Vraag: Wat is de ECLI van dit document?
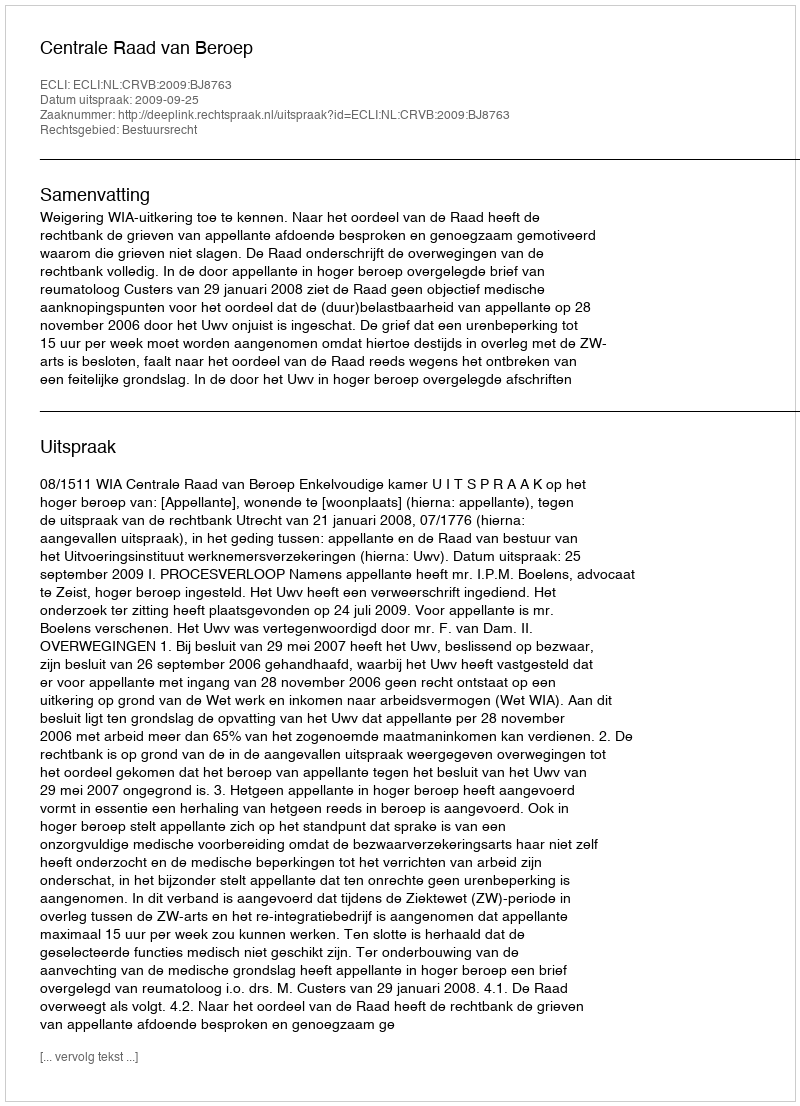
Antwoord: ECLI:NL:CRVB:2009:BJ8763